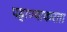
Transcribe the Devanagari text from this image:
पहाण्याकरता